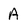
Character: A